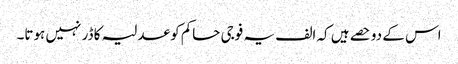
اس کے دو حصے ہیں کہ الف یہ فوجی حاکم کو عدلیہ کا ڈر نہیں ہوتا۔